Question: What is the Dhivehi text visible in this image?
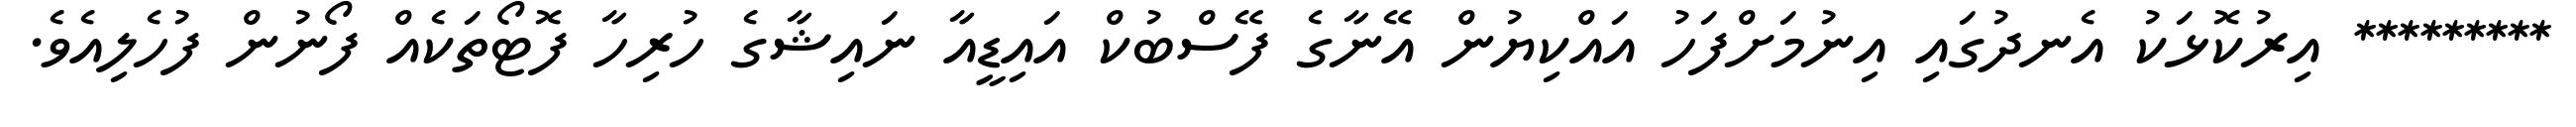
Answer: ********* އިރުކޮޅަކު އެނދުގައި އިނުމަށްފަހު އައްކިޔުން އޭނާގެ ފޭސްބުކް އައިޑީއާ ނައިޝާގެ ހުރިހާ ފޮޓޯތަކެއް ފޯނުން ފުހެލިއެވެ.